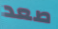
صعد